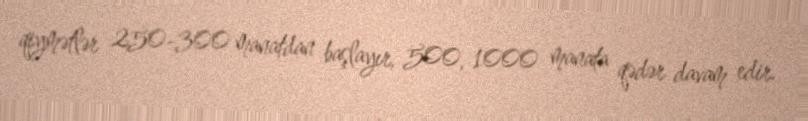
qiymətlər 250-300 manatdan başlayır, 500, 1000 manata qədər davam edir.